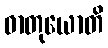
ဓာတုယောတိ